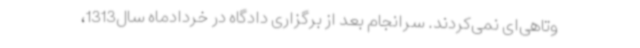
وتاهی‌ای نمی‌کردند. سرانجام بعد از برگزاری دادگاه در خردادماه سال1313،